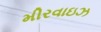
મીરવાઇઝ